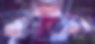
এওয়াজ